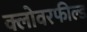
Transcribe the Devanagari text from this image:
क्लोवरफील्ड